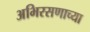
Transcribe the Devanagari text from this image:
अभिरसणाच्या